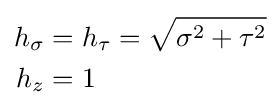
{\begin{aligned}h_{\sigma }&=h_{\tau }={\sqrt {\sigma ^{2}+\tau ^{2}}}\\h_{z}&=1\end{aligned}}